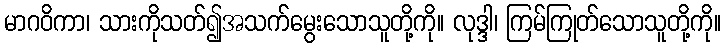
မာဂဝိကာ၊ သားကိုသတ်၍အသက်မွေးသောသူတို့ကို။ လုဒ္ဒါ၊ ကြမ်ကြုတ်သောသူတို့ကို။